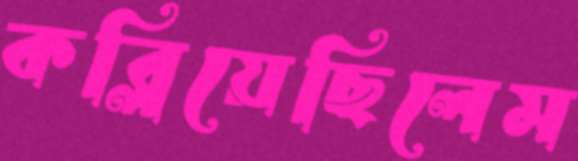
কব্‌লিয়েছিলেম